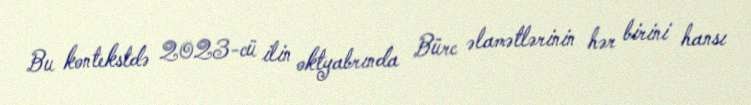
Bu kontekstdə 2023-cü ilin oktyabrında Bürc əlamətlərinin hər birini hansı